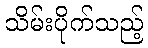
သိမ်းပိုက်သည့်